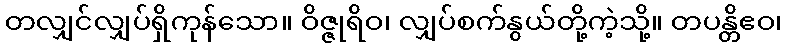
တလျှင်လျှပ်ရှိကုန်သော။ ဝိဇ္ဇုရိဝ၊ လျှပ်စက်နွယ်တို့ကဲ့သို့။ တပန္တိဧဝ၊